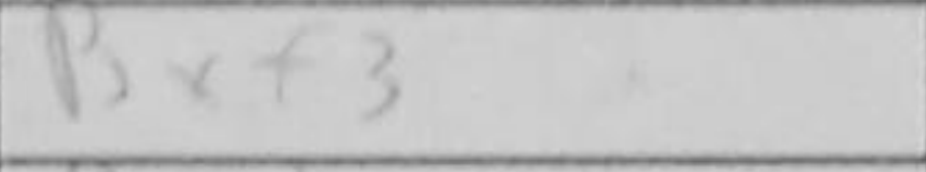
Transcription: Bxf3